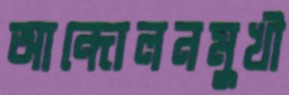
আন্দোলনমুখী